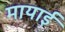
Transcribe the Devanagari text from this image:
मायाई